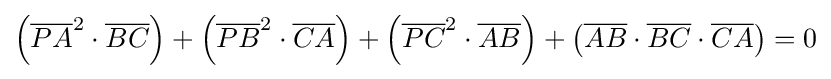
\left({\overline {PA}}^{2}\cdot {\overline {BC}}\right)+\left({\overline {PB}}^{2}\cdot {\overline {CA}}\right)+\left({\overline {PC}}^{2}\cdot {\overline {AB}}\right)+\left({\overline {AB}}\cdot {\overline {BC}}\cdot {\overline {CA}}\right)=0